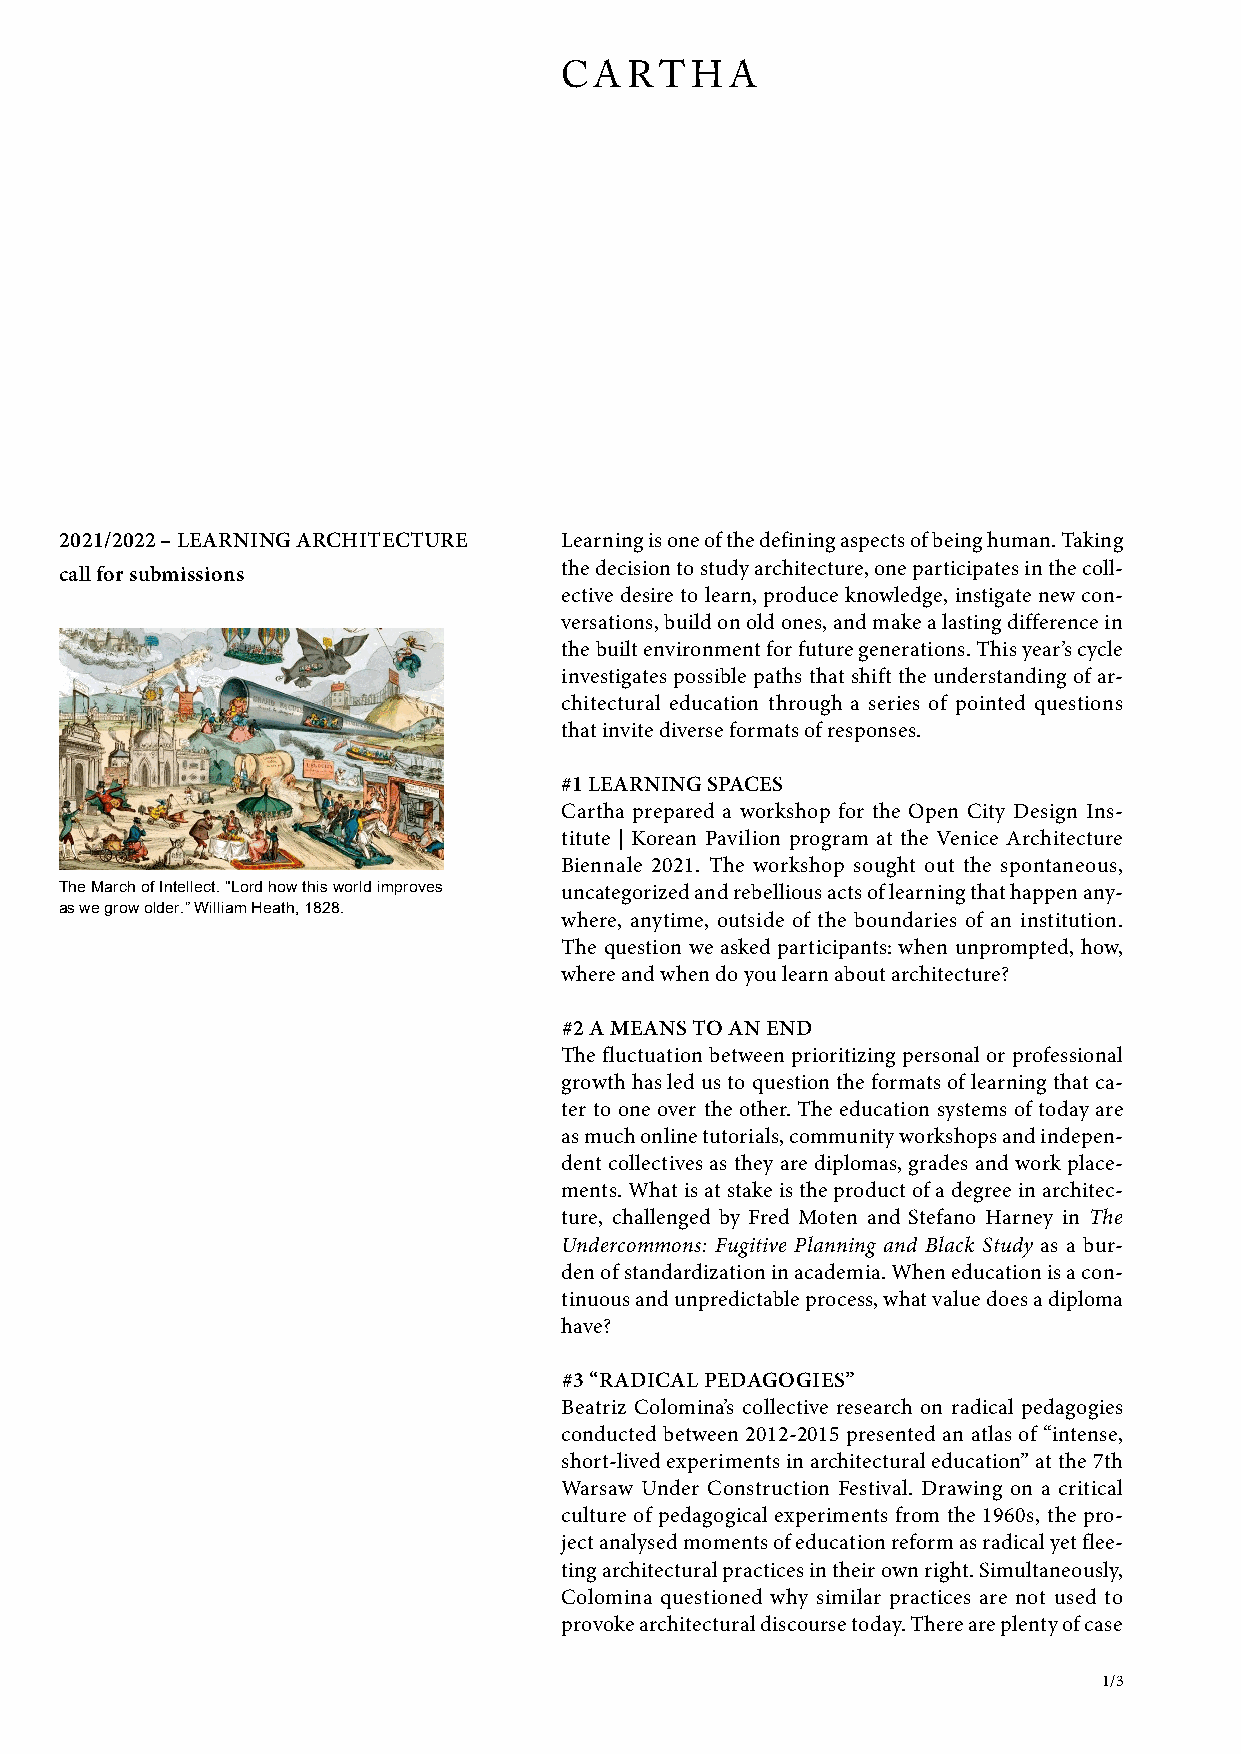
CARTHA
 2021/2022 – LEARNING ARCHITECTURE Learning is one of the defining aspects of being human. Taking
 the decision to study architecture, one participates in the coll-
 call for submissions
 ective desire to learn, produce knowledge, instigate new con-
 versations, build on old ones, and make a lasting difference in
 the built environment for future generations. This year’s cycle
 investigates possible paths that shift the understanding of ar-
 chitectural education through a series of pointed questions
 that invite diverse formats of responses.
 #1 LEARNING SPACES
 Cartha prepared a workshop for the Open City Design Ins-
 titute | Korean Pavilion program at the Venice Architecture
 Biennale 2021. The workshop sought out the spontaneous,
 The March of Intellect. “Lord how this world improves uncategorized and rebellious acts of learning that happen any-
 as we grow older.” William Heath, 1828.
 where, anytime, outside of the boundaries of an institution.
 The question we asked participants: when unprompted, how,
 where and when do you learn about architecture?
 #2 A MEANS TO AN END
 The fluctuation between prioritizing personal or professional
 growth has led us to question the formats of learning that ca-
 ter to one over the other. The education systems of today are
 as much online tutorials, community workshops and indepen-
 dent collectives as they are diplomas, grades and work place-
 ments. What is at stake is the product of a degree in architec-
 ture, challenged by Fred Moten and Stefano Harney in The
 Undercommons: Fugitive Planning and Black Study as a bur-
 den of standardization in academia. When education is a con-
 tinuous and unpredictable process, what value does a diploma
 have?
 #3 “RADICAL PEDAGOGIES”
 Beatriz Colomina’s collective research on radical pedagogies
 conducted between 2012-2015 presented an atlas of “intense,
 short-lived experiments in architectural education” at the 7th
 Warsaw Under Construction Festival. Drawing on a critical
 culture of pedagogical experiments from the 1960s, the pro-
 ject analysed moments of education reform as radical yet flee-
 ting architectural practices in their own right. Simultaneously,
 Colomina questioned why similar practices are not used to
 provoke architectural discourse today. There are plenty of case
 1/3